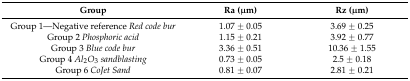
<table><thead><tr><td><b>Group</b></td><td><b>Ra (μm)</b></td><td><b>Rz (μm)</b></td></tr></thead><tbody><tr><td>Group 1—Negative reference <i>Red code bur</i></td><td>1.07 ± 0.05</td><td>3.69 ± 0.25</td></tr><tr><td>Group 2 <i>Phosphoric acid</i></td><td>1.15 ± 0.21</td><td>3.92 ± 0.77</td></tr><tr><td>Group 3 <i>Blue code bur</i></td><td>3.36 ± 0.51</td><td>10.36 ± 1.55</td></tr><tr><td>Group 4 <i>Al</i><sub>2</sub><i>O</i><sub>3</sub><i>sandblasting</i></td><td>0.73 ± 0.05</td><td>2.5 ± 0.18</td></tr><tr><td>Group 6 <i>CoJet Sand</i></td><td>0.81 ± 0.07</td><td>2.81 ± 0.21</td></tr></tbody></table>